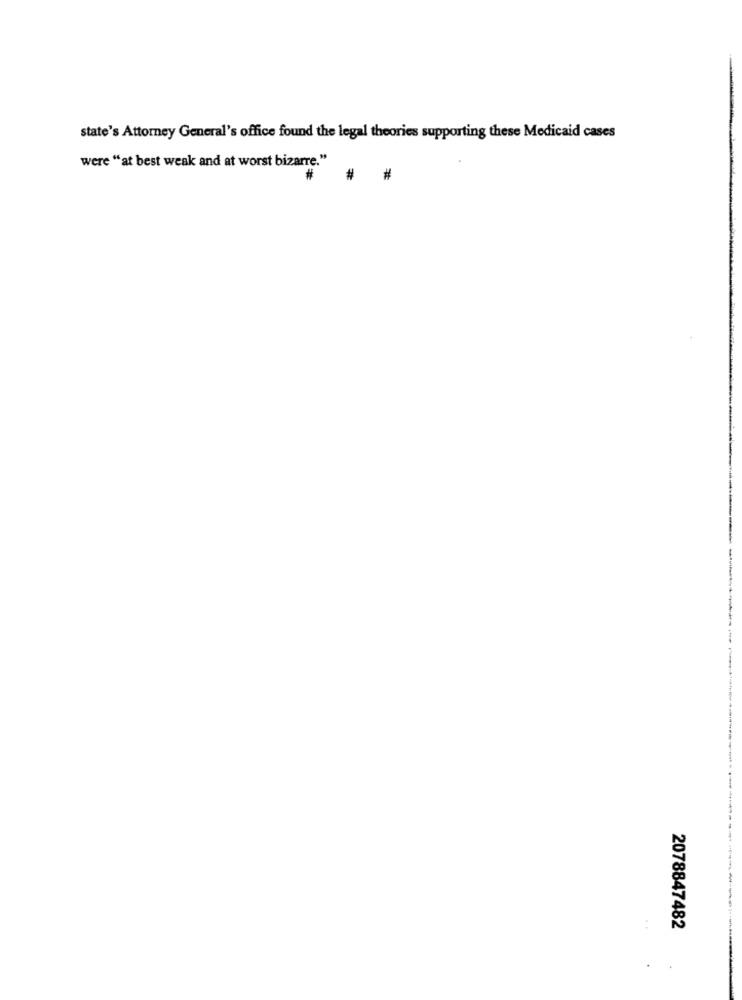
state's Attorney General's office found the legal theories supporting these Medicaid cases
were " at best weak and at worst bizarre."
# #
2078847482